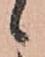
候